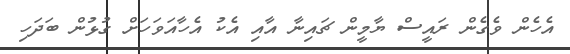
އެހެން ވެގެން ރައީސް ޔާމީން ޗައިނާ އާއި އެކު އެހާއަވަހަށް ގުޅުން ބަދަހި